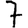
Digit: 7